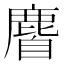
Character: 𪊰